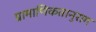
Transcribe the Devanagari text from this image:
प्रामाणिकतानुराग